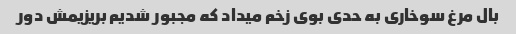
بال مرغ سوخاری به حدی بوی زخم میداد که مجبور شدیم بریزیمش دور